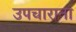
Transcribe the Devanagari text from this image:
उपचाराना